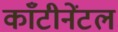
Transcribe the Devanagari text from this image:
काँटीनेंटल